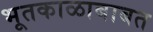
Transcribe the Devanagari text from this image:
भूतकाळाबाबत